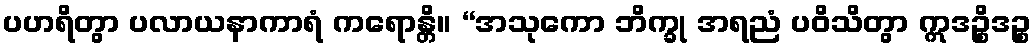
ပဟရိတွာ ပလာယနာကာရံ ကရောန္တိ။ “အသုကော ဘိက္ခု အရညံ ပဝိသိတွာ ဣဒဉ္စိဒဉ္စ